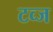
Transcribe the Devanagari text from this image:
टव्ज